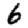
Digit: 6